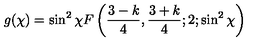
g ( \chi ) = \sin ^ { 2 } { \chi } F \left( \frac { 3 - k } { 4 } , \frac { 3 + k } { 4 } ; 2 ; \sin ^ { 2 } { \chi } \right)